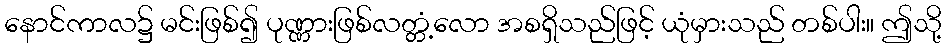
နောင်ကာလ၌ မင်းဖြစ်၍ ပုဏ္ဏားဖြစ်လတ္တံ့လော အစရှိသည်ဖြင့် ယုံမှားသည် တစ်ပါး။ ဤသို့